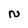
Character: N